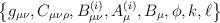
LaTeX: \begin{align*}\left\{g_{\mu\nu}, C_{\mu\nu\rho}, B^{(i)}_{\mu\nu}, A^{(i)}_\mu,B_\mu, \phi, k, \ell\right\}\end{align*}